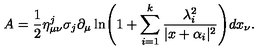
A = \frac { 1 } { 2 } { \eta } _ { \mu \nu } ^ { j } \sigma _ { j } \partial _ { \mu } \ln \Biggl ( 1 + \sum _ { i = 1 } ^ { k } \frac { \lambda _ { i } ^ { 2 } } { | x + \alpha _ { i } | ^ { 2 } } \Biggr ) d x _ { \nu } .